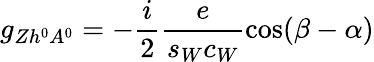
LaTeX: g_{Zh^{0}A^{0}}=-\frac{i}{2}\frac{e}{s_{W}c_{W}}\cos(\beta-\alpha)